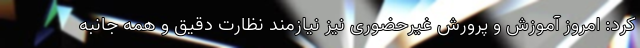
کرد: امروز آموزش‌ و پرورش غیرحضوری نیز نیازمند نظارت دقیق و همه جانبه